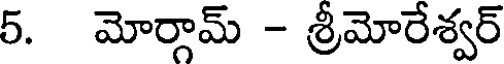
5. మోర్గామ్ - శ్రీమోరేశ్వర్